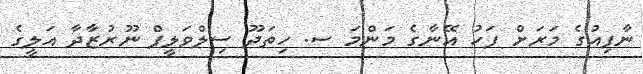
ނާފިއުގެ މަރަށް ފަހު އޭނާގެ މަންމަ ސ. ހިތަދޫ ސިލްވަލީފް ނޫރުޒާދާ އަލީގެ